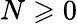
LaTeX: N\geqslant 0